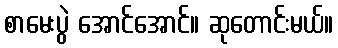
စာမေးပွဲ အောင်အောင်။ ဆုတောင်းမယ်။